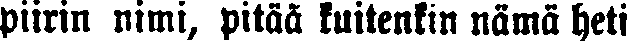
piirin nimi, pitää kuitenkin nämä heti